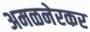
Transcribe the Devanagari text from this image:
अमळनेरकर